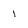
Character: l